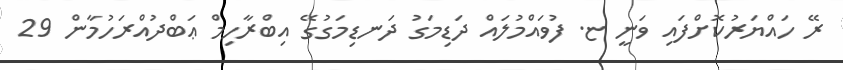
ރޭ ހައްޔަރުކޮށްފައި ވަނީ ޏ. ފުވައްމުލައް ދަޑިމަގު ދަނޑިމަގުގޭ އިބްރާހިމް ޢަބްދުއްރަހުމާން 29